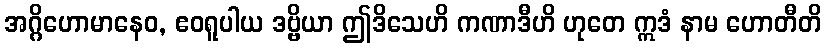
အဂ္ဂိဟောမာနေဝ, ဧဝရူပါယ ဒဗ္ဗိယာ ဤဒိသေဟိ ကဏာဒီဟိ ဟုတေ ဣဒံ နာမ ဟောတီတိ